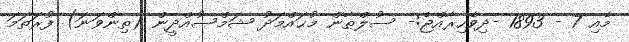
މެއި 7 - 1893 -ދިވެހިރާއްޖެ:- ސުލްޠާން މުޙައްމަދު ޝަމްސުއްދީން (ތިންވަނަ) ފުރަތަމަ